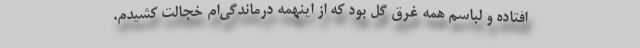
افتاده و لباسم همه غرق گِل بود که از اینهمه درماندگی‌ام خجالت کشیدم.